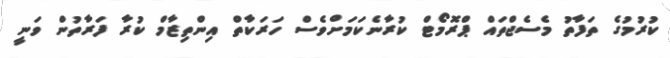
ކުރުމުގެ ތަފާތު މެސެޖްތައް ޕްރޮމޯޓް ކުރާނެކަމަށްވެސް ހަރަކާތް އިންތިޒާމް ކުރާ ފަރާތުން ވަނީ